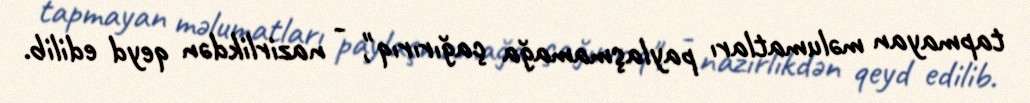
tapmayan məlumatları paylaşmamağa çağırırıq", - nazirlikdən qeyd edilib.